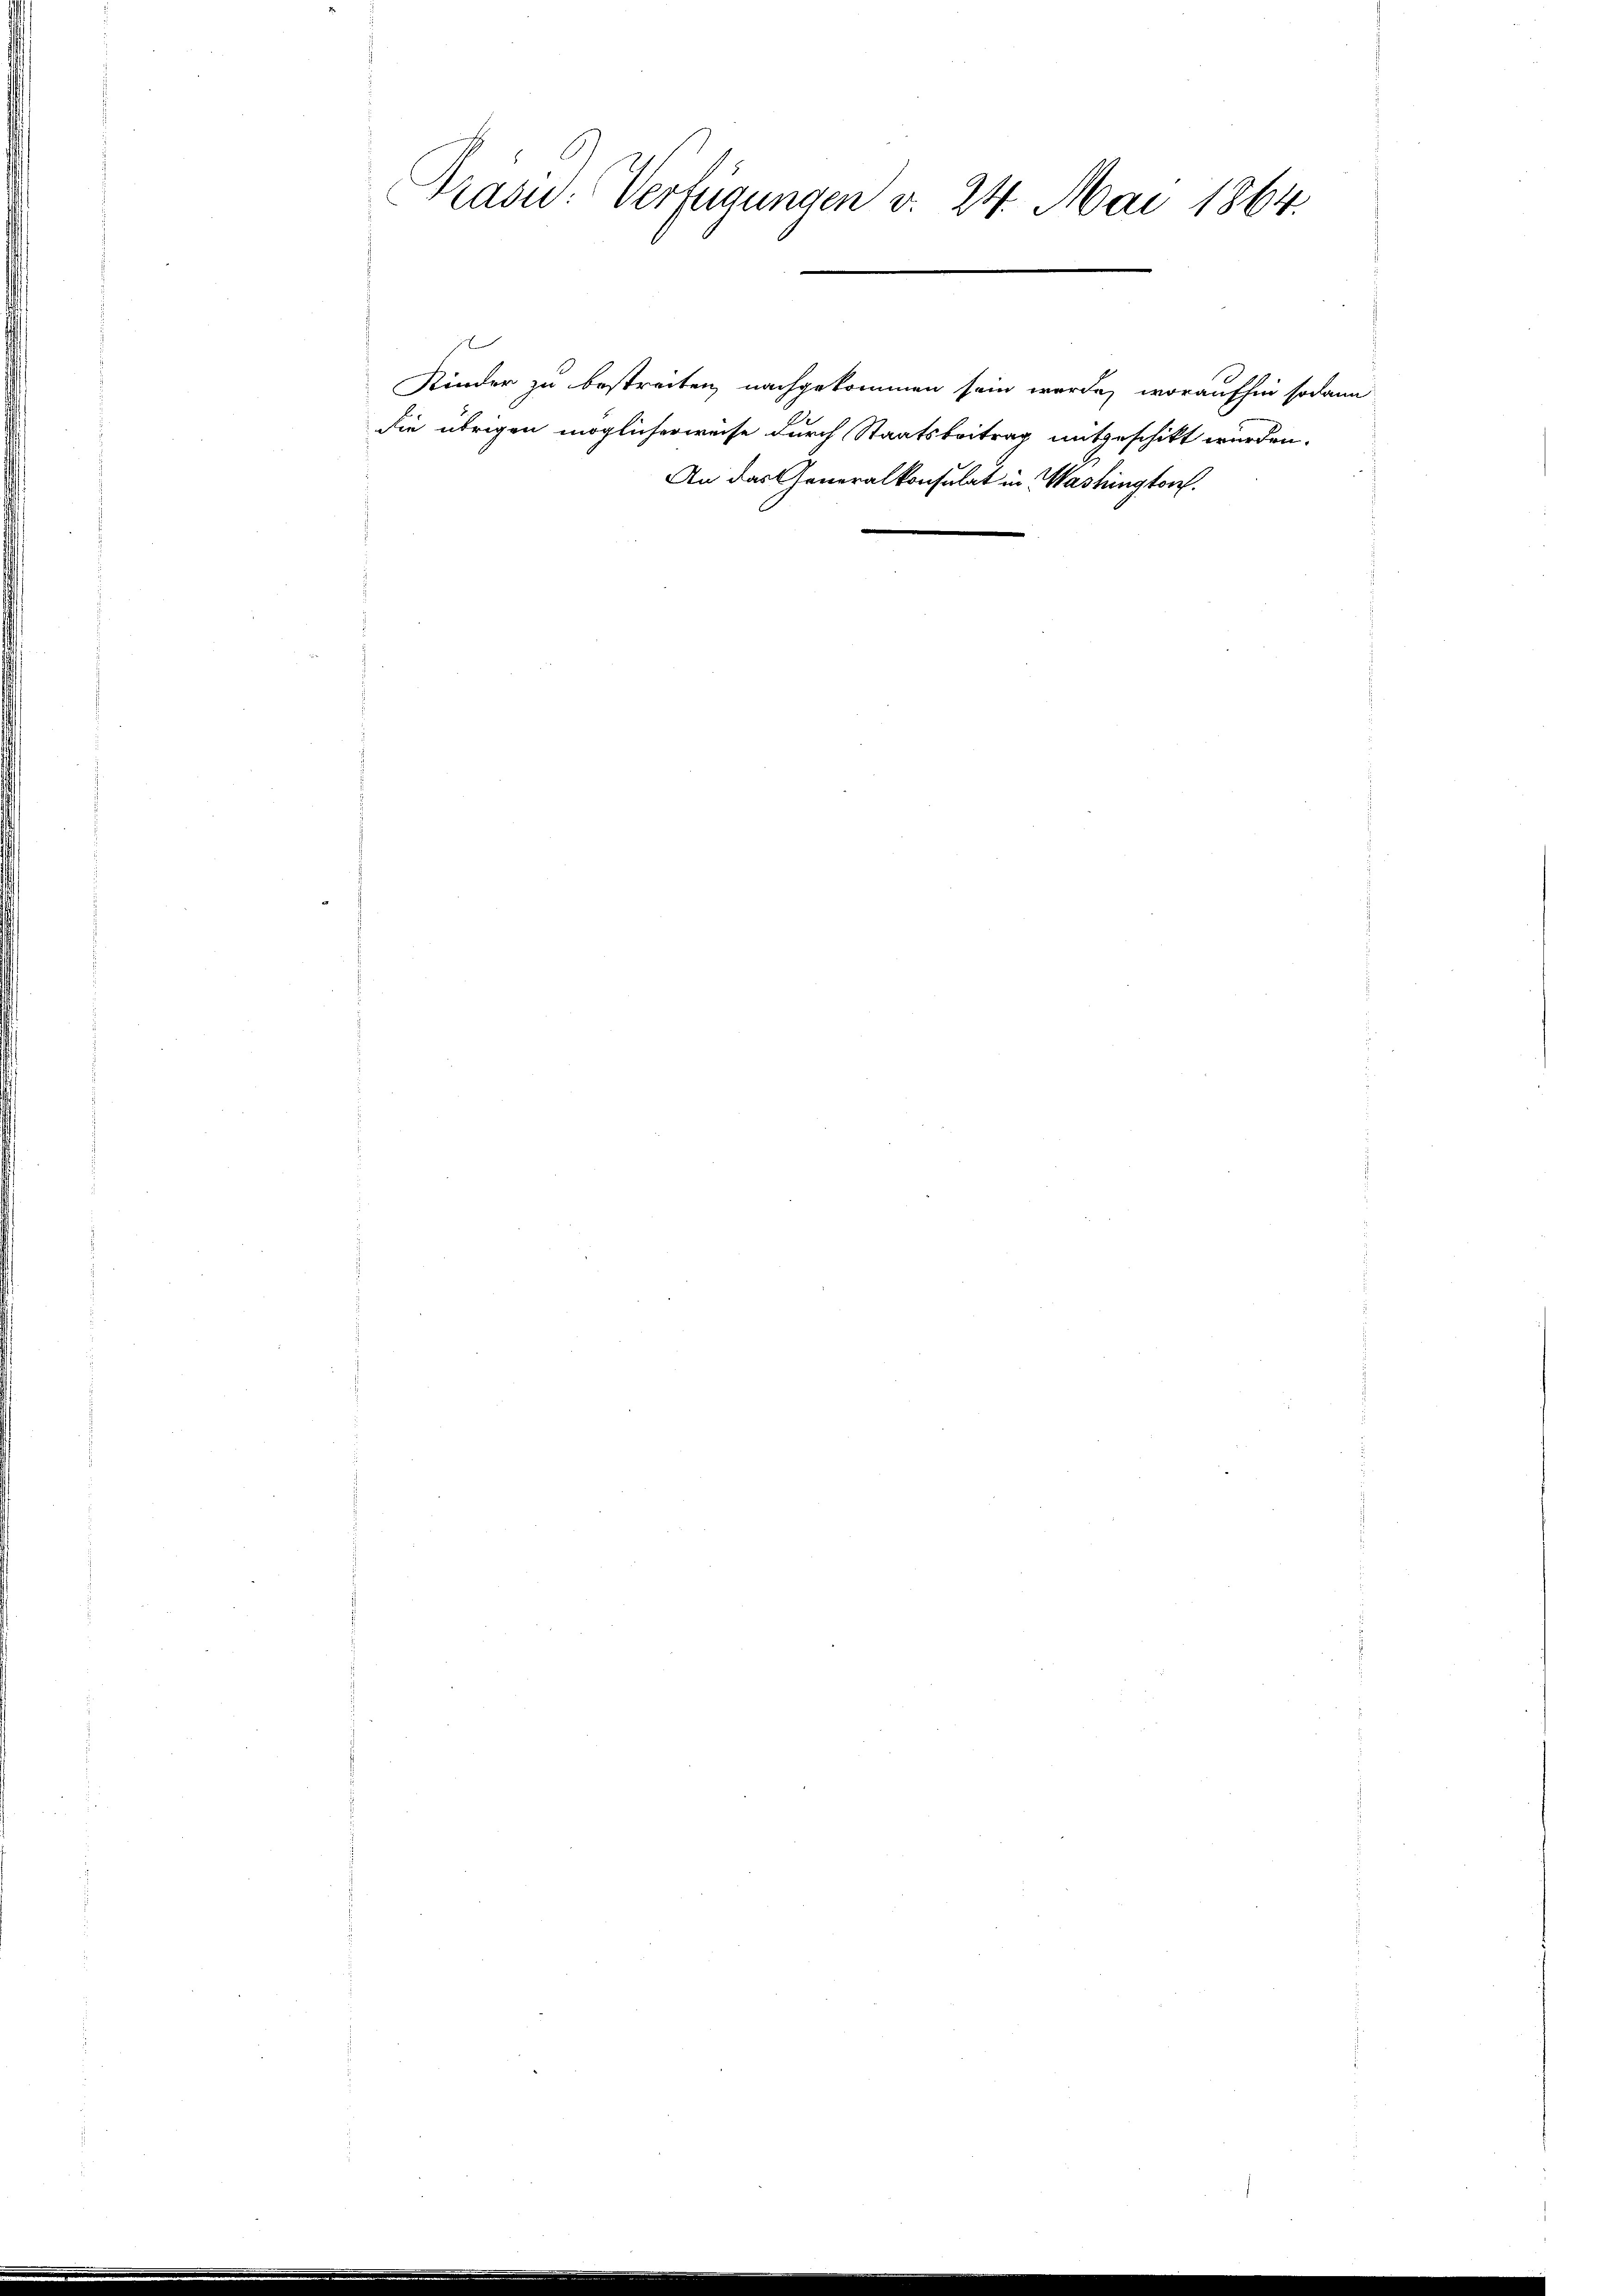
Präsid. Verfügungen v. 24. Mai 1864.

Kinder zu bestreiten, nachgekommen sein werde, woraufhin sodann
die übrigen möglicherweise durch Staatsbeitrag mitgeschikt wurden.
An das Generalkonsulat in Washingtorf.